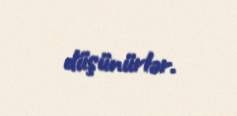
düşünürlər.